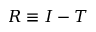
R \equiv I - T